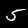
Label: 5